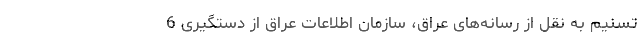
تسنیم به نقل از رسانه‌های عراق، سازمان اطلاعات عراق از دستگیری 6